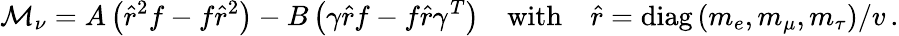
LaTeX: \mathcal{M}_{\nu}=A\left(\hat{r}^{2}f-f\hat{r}^{2}\right)-B\left(\gamma\hat{r}f-f\hat{r}\gamma^{T}\right)\quad\mathrm{with}\quad\hat{r}=\mathrm{diag}\, (m_{e},m_{\mu},m_{\tau})/v\, .